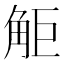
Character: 𧣒